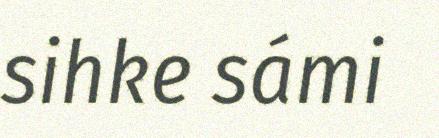
sihke sámi